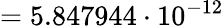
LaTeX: =5.847944\cdot 10^{-12}